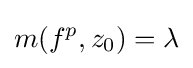
m(f^{p},z_{0})=\lambda